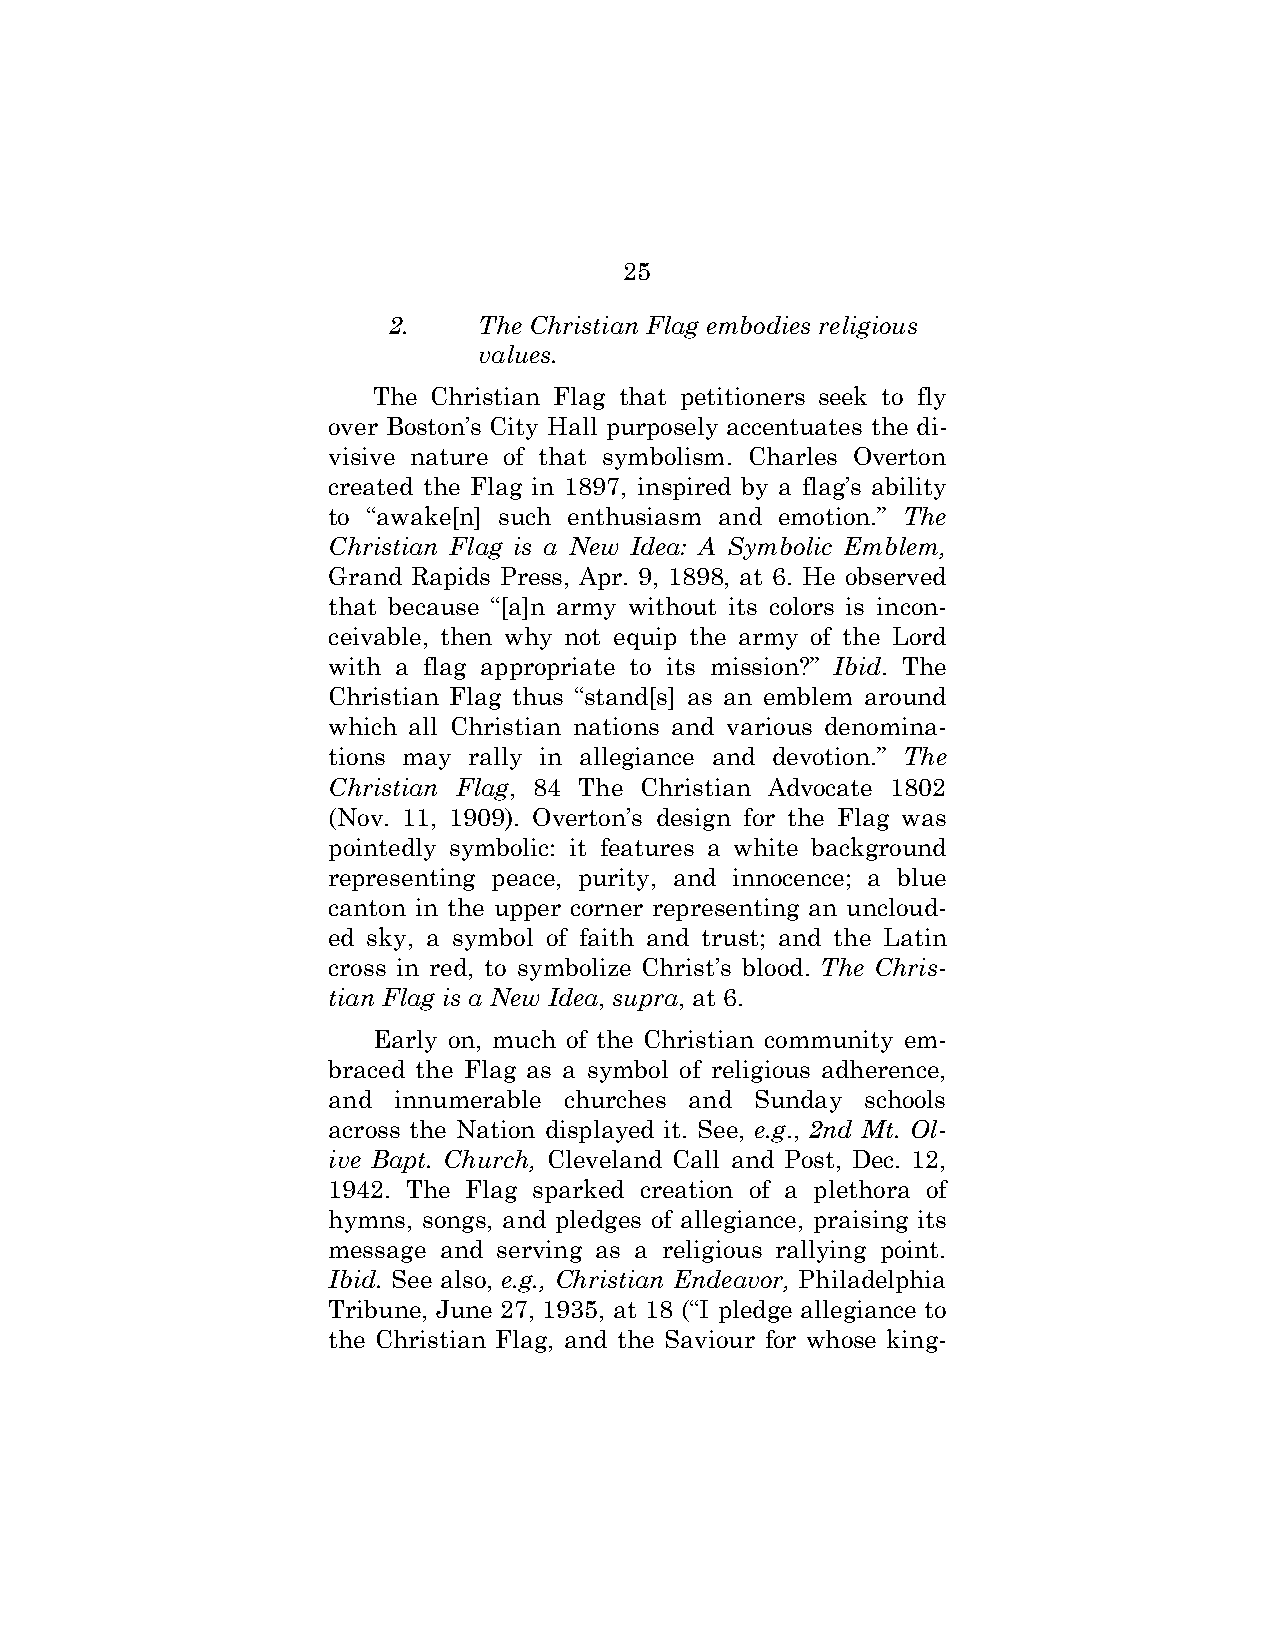
25
 2.    The Christian Flag embodies religious
 values.
 The Christian Flag that petitioners seek to fly
 over Boston’s City Hall purposely accentuates the di-
 visive nature of that symbolism. Charles Overton
 created the Flag in 1897, inspired by a flag’s ability
 to “awake[n] such enthusiasm and emotion.” The
 Christian Flag is a New Idea: A Symbolic Emblem,
 Grand Rapids Press, Apr. 9, 1898, at 6. He observed
 that because “[a]n army without its colors is incon-
 ceivable, then why not equip the army of the Lord
 with a flag appropriate to its mission?” Ibid. The
 Christian Flag thus “stand[s] as an emblem around
 which all Christian nations and various denomina-
 tions may rally in allegiance and devotion.” The
 Christian Flag, 84 The Christian Advocate 1802
 (Nov. 11, 1909). Overton’s design for the Flag was
 pointedly symbolic: it features a white background
 representing peace, purity, and innocence; a blue
 canton in the upper corner representing an uncloud-
 ed sky, a symbol of faith and trust; and the Latin
 cross in red, to symbolize Christ’s blood. The Chris-
 tian Flag is a New Idea, supra, at 6.
 Early on, much of the Christian community em-
 braced the Flag as a symbol of religious adherence,
 and innumerable churches and Sunday schools
 across the Nation displayed it. See, e.g., 2nd Mt. Ol-
 ive Bapt. Church, Cleveland Call and Post, Dec. 12,
 1942. The Flag sparked creation of a plethora of
 hymns, songs, and pledges of allegiance, praising its
 message and serving as a religious rallying point.
 Ibid. See also, e.g., Christian Endeavor, Philadelphia
 Tribune, June 27, 1935, at 18 (“I pledge allegiance to
 the Christian Flag, and the Saviour for whose king-